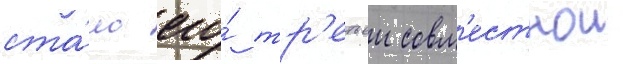
ста́ло его́ тр'етьеи совм'естнои